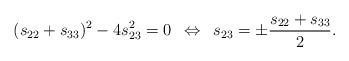
LaTeX: \begin{align*}(s_{22}+ s_{33})^2 - 4 s_{23}^2 = 0 \enskip \Leftrightarrow \enskip s_{23} = \pm \frac{s_{22} + s_{33}}{2}.\end{align*}